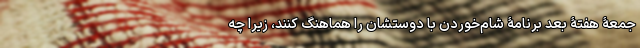
جمعۀ هفتۀ بعد برنامۀ شام‌خوردن با دوستشان را هماهنگ کنند، زیرا چه